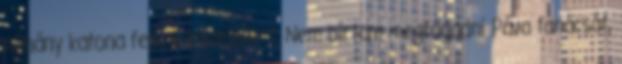
néhány katona felénk közeledett. Nem bírtam megfogadni Páva tanácsát,